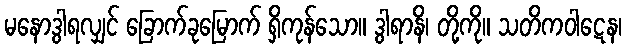
မနောဒွါရလျှင် ခြောက်ခုမြောက် ရှိကုန်သော။ ဒွါရာနိ၊ တို့ကို။ သတိကဝါဋေန၊